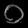
Digit: ၀